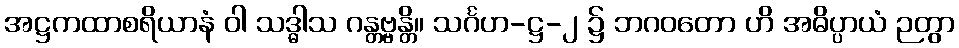
အဋ္ဌကထာစရိယာနံ ဝါ သဒ္ဓါသ ဂန္တဗ္ဗန္တိ။ သင်္ဂဟ-ဋ္ဌ-၂ ၌ ဘဂဝတော ဟိ အဓိပ္ပာယံ ဉတွာ